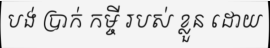
បង់ ប្រាក់ កម្ចី របស់ ខ្លួន ដោយ